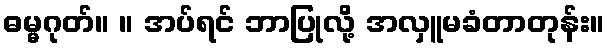
ဓမ္မဂုတ်။ ။ အပ်ရင် ဘာပြုလို့ အလှူမခံတာတုန်း။